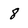
Character: 8